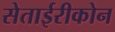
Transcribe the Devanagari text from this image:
सेताईरीकोन